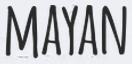
MAYAN